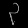
Digit: ၃